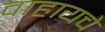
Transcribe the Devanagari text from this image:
वाहायचे